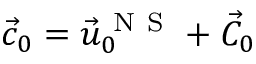
{ { \vec { c } } _ { 0 } } = { { \vec { u } } _ { 0 } } ^ { \mathrm { ~ N ~ S ~ } } + { { \vec { C } } _ { 0 } }